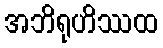
အဘိရုဟိဿထ